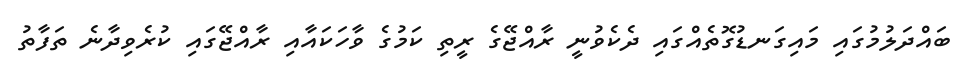
ބައްދަލުމުގައި މައިގަނޑުގޮތެއްގައި ދެކެވުނީ ރާއްޖޭގެ ރީތި ކަމުގެ ވާހަކައާއި ރާއްޖޭގައި ކުރެވިދާނެ ތަފާތު